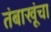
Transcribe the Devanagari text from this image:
तंबाखूंचा